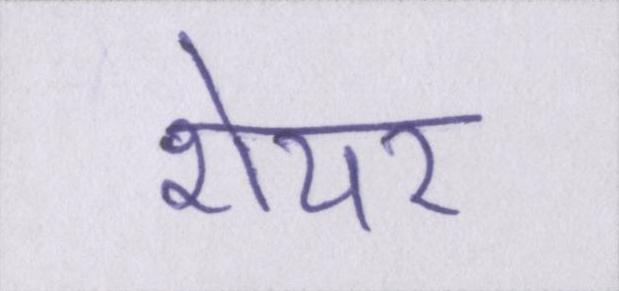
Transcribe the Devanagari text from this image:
शेयर